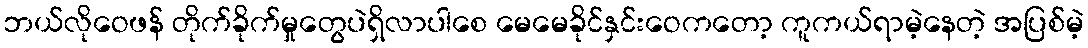
ဘယ်လိုဝေဖန် တိုက်ခိုက်မှုတွေပဲရှိလာပါစေ မေမေခိုင်နှင်းဝေကတော့ ကူကယ်ရာမဲ့နေတဲ့ အပြစ်မဲ့